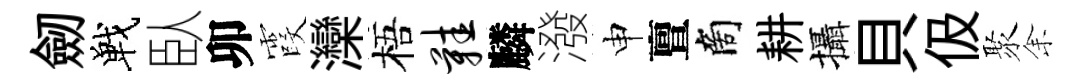
劒戰臥卯霞灤梧鞋麟潑申亶商耕攝貝伋聚𪜬